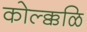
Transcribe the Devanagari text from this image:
कोल्क्कळि